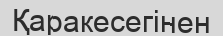
Қаракесегінен